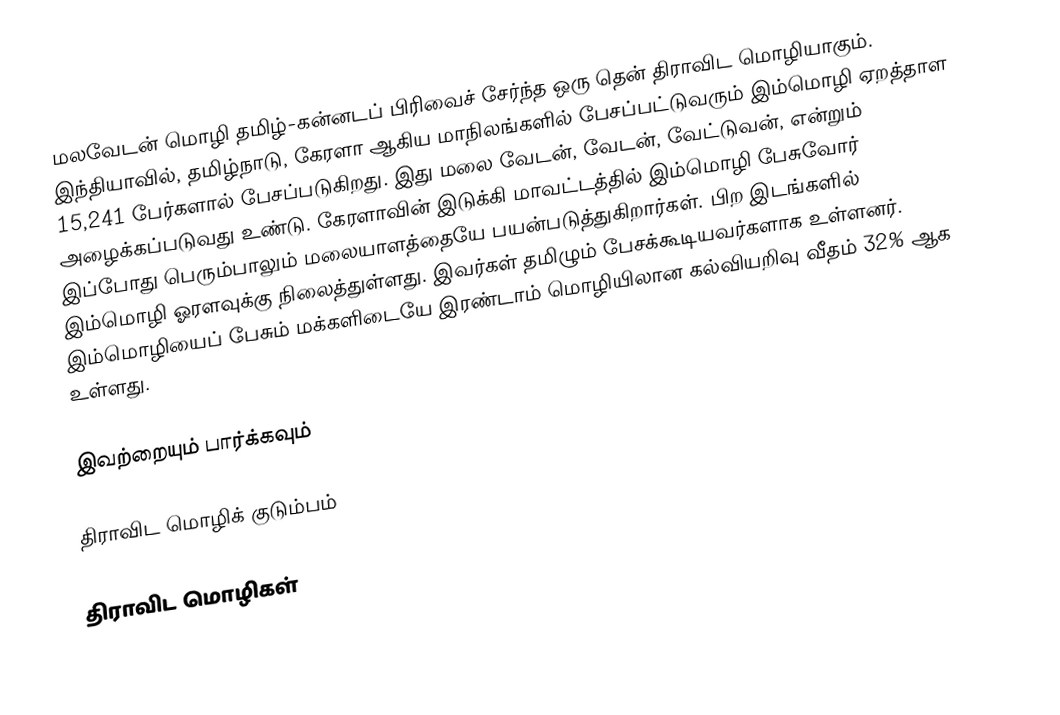
மலவேடன் மொழி தமிழ்-கன்னடப் பிரிவைச் சேர்ந்த ஒரு தென் திராவிட மொழியாகும். இந்தியாவில், தமிழ்நாடு, கேரளா ஆகிய மாநிலங்களில் பேசப்பட்டுவரும் இம்மொழி ஏறத்தாள 15,241 பேர்களால் பேசப்படுகிறது. இது மலை வேடன், வேடன், வேட்டுவன், என்றும் அழைக்கப்படுவது உண்டு. கேரளாவின் இடுக்கி மாவட்டத்தில் இம்மொழி பேசுவோர் இப்போது பெரும்பாலும் மலையாளத்தையே பயன்படுத்துகிறார்கள். பிற இடங்களில் இம்மொழி ஓரளவுக்கு நிலைத்துள்ளது. இவர்கள் தமிழும் பேசக்கூடியவர்களாக உள்ளனர். இம்மொழியைப் பேசும் மக்களிடையே இரண்டாம் மொழியிலான கல்வியறிவு வீதம் 32% ஆக உள்ளது.

இவற்றையும் பார்க்கவும்

 திராவிட மொழிக் குடும்பம்

திராவிட மொழிகள்